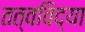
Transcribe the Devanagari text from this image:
तत्वविद्या